Annual report of the Imperial Bacteriologist
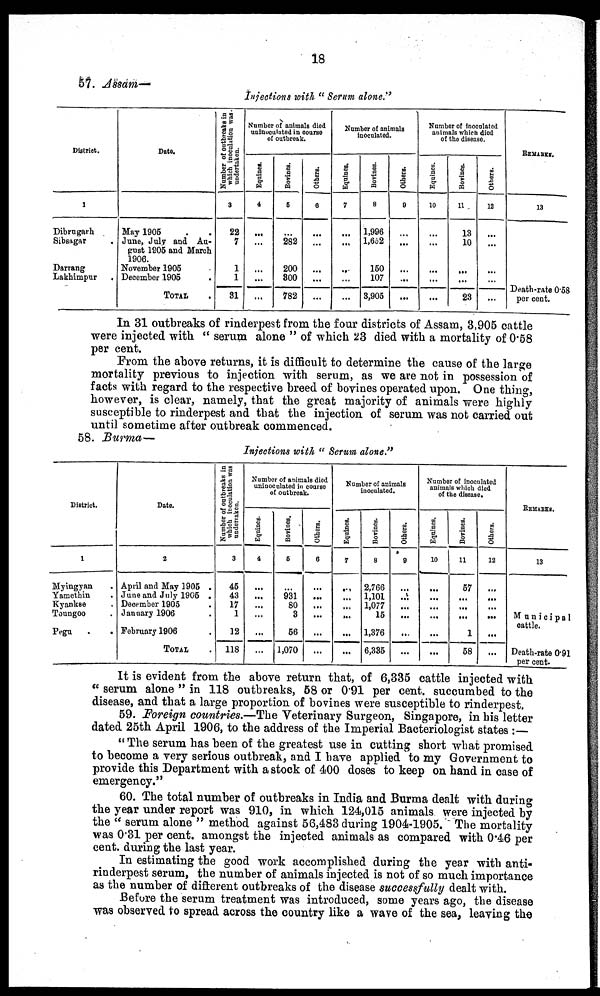
18
57. Assam—
Injections with " Serum alone."
District.
1
D
ibrugarh
Sibsagar
Darrang
Lakhimpur
Date.
May 1905
June, July and Au-
gust 1905 and March
1906.
November 1905
December 1905
.
TOTAL
Number of outbreaks in
which inoculation was.
undertaken.
3
22
7
1
1
31
Number of animals died
uninuculated in course
of outbreak.
Equines.
4
...
...
Bovines.
5
282
200
300
782
Others.
6
...
...
...
Number of animals
inoculated.
Equines.
7
...
...
Bovines.
8
1,996
1,652
150
107
3,905
Others.
9
...
Number of inoculated
animals which died
of the disease.
Equines.
10
...
...
Bovines.
11
13
10
.....
....
23
Others.
12
...
...
REMARKS.
13
Death-rate 0.58
per cent.
In 31 outbreaks of rinderpest from the four districts of Assam, 3,905 cattle
were injected with " serum alone " of which 23 died with a mortality of 0.58
per cent.
From the above returns, it is difficult to determine the cause of the large
mortality previous to injection with serum, as we are not in possession of
facts with regard to the respective breed of bovines operated upon. One thing,
however, is clear, namely, that the great majority of animals were highly
susceptible to rinderpest and that the injection of serum was not carried out
until sometime after outbreak commenced.
58. Burma—
Injections with " Serum alone."
District.
1
Myingyan
Yamethin
Kyankse
Toungoo
Pegu
Date.
2
April and May 1905 .
June and July 1905 .
December 1905
January 1906
February 1906
TOTAL.
Number of outbreaks in
which inoculation was
undertaken.
3
45
43
17
1
12
118
Number of animals died
uninoculated in course
of outbreak.
Equines.
4
....
...
...
...
....
...
Bovines.
6
...
931
80
3
56
1,070
Others.
6
...
...
...
...
...
...
Number of animals
inoculated.
Equines.
7
...
...
...
...
...
...
Bovines.
8
2,766
1,101
1,077
15
1,376
6,335
Others.
9
...
...
...
...
...
...
Number of inoculated
animals which died
of the disease.
Equines.
10
...
...
...
...
...
...
Bovines.
11
57
...
...
...
1
58
Others.
12
...
...
...
...
...
REMARKS.
13
Municipal
cattle.
Death-rate 0.91
per cent.
It is evident from the above return that, of 6,335 cattle injected with
" serum alone " in 118 outbreaks, 58 or 0.91 per cent. succumbed to the
disease, and that a large proportion of bovines were susceptible to rinderpest.
59. Foreign countries.—The Veterinary Surgeon, Singapore, in his letter
dated 25th April 1906, to the address of the Imperial Bacteriologist states :—
" The serum has been of the greatest use in cutting short what promised
to become a very serious outbreak, and I have applied to my Government to
provide this Department with a stock of 400 doses to keep on hand in case of
emergency."
60. The total number of outbreaks in India and Burma dealt with during
the year under report was 910, in which 124,015 animals were injected by
the " serum alone " method against 56,483 during 1904-1905. The mortality
was 0.31 per cent. amongst the injected animals as compared with 0.46 per
cent. during the last year.
In estimating the good work accomplished during the year with anti-
rinderpest serum, the number of animals injected is not of so much importance
as the number of different outbreaks of the disease successfully dealt with.
Before the serum treatment was introduced, some years ago, the disease
was observed to spread across the country like a wave of the sea, leaving the